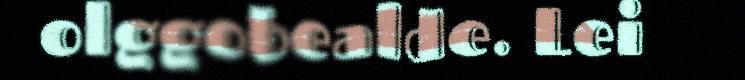
olggobealde. Lei